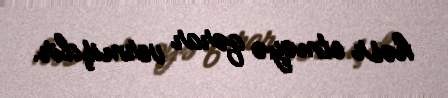
həsr etməyə qərar vermişdir.